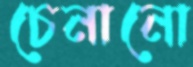
চেনানো